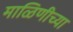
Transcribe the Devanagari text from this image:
माळिणीच्या